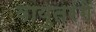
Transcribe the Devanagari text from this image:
वायुतरंगें